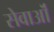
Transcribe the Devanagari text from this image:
सेवाऒं